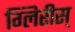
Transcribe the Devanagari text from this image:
ग्लिरीस्